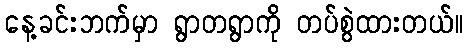
နေ့ခင်းဘက်မှာ ရွာတရွာကို တပ်စွဲထားတယ်။